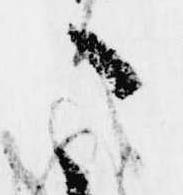
こ